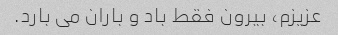
عزیزم، بیرون فقط باد و باران می بارد.